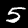
Digit: 5